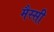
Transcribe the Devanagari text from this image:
मैस्सी